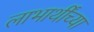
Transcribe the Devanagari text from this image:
लाभार्थींच्या